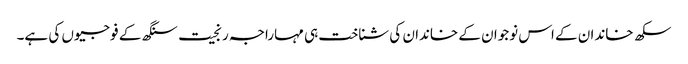
سکھ خاندان کے اس نوجوان کے خاندان کی شناخت ہی مہاراجہ رنجیت سنگھ کے فوجیوں کی ہے۔